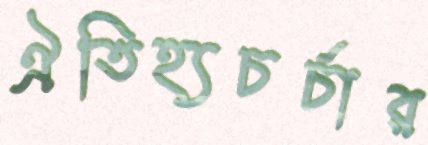
ঐতিহ্যচর্চার